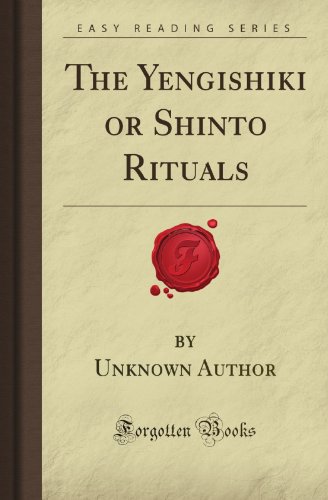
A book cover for The Yengishiki or Shinto Rituals (Forgotten Books); Unknown Hall Author; Religion & Spirituality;